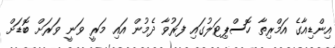
އިންޑިއާގެ އަމްރިތާ ހޮސްޕިޓަލުގައި ފަރުވާ ދެމުން އައި މަރީ ވަނީ ވަރަށް ބޮޑަށް